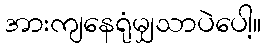
အားကျနေရုံမျှသာပဲပေါ့။